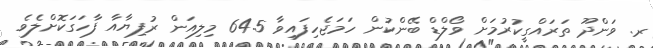
ރ. ވަންދޫ ތަރައްގީކުރުމަށް ވޯލްޑް ބޭންކުން ހަމަޖެހިފައިވާ 64.5 މިލިއަން ރުފިޔާއާ ފާހަގަކޮށްލެވެ